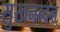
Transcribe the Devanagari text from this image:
सुखनन्दन